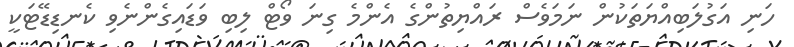
ހަނި އަގުލަބިއްޔަތަކުން ނަމަވެސް ރައްޔިތުންގެ އެންމެ ގިނަ ވޯޓް ލިބި ވަޑައިގެންނެވި ކެނޑިޑޭޓަކީ